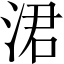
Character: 涒